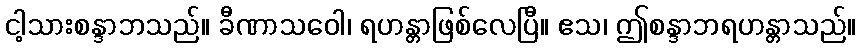
ငါ့သားစန္ဒာဘသည်။ ခီဏာသဝေါ၊ ရဟန္တာဖြစ်လေပြီ။ ဧသ၊ ဤစန္ဒာဘရဟန္တာသည်။